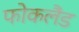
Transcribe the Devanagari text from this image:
फोकलैंड